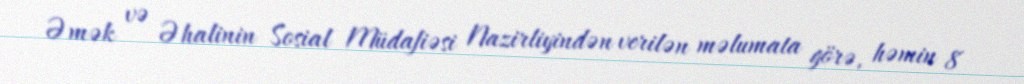
Əmək və Əhalinin Sosial Müdafiəsi Nazirliyindən verilən məlumata görə, həmin 8